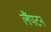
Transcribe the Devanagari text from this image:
लैंपटन